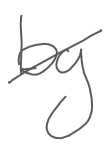
Text: by
Cross-out: diagonal
Writing tool: digital_gray